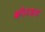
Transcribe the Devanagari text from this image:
कीनधम